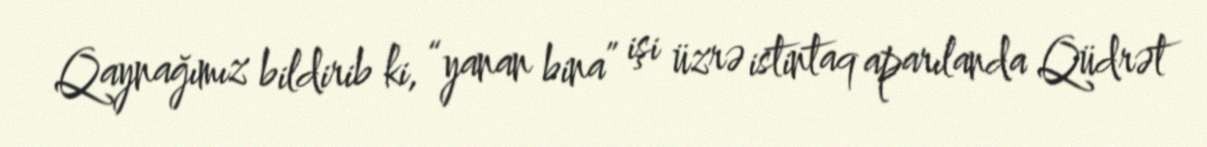
Qaynağımız bildirib ki, “yanan bina” işi üzrə istintaq aparılanda Qüdrət